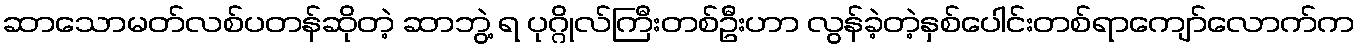
ဆာသောမတ်လစ်ပတန်ဆိုတဲ့ ဆာဘွဲ့ ရ ပုဂ္ဂိုလ်ကြီးတစ်ဦးဟာ လွန်ခဲ့တဲ့နှစ်ပေါင်းတစ်ရာကျော်လောက်က